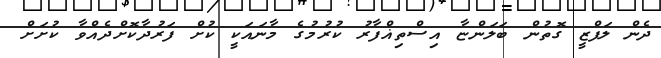
ދެން ލަފްޒީ ގޮތުން ބަލަންޏާ އިސްތިޣްފާރު ކުރުމުގެ މާނައަކީ ކުށް ފަރުދާކޮށްދެއްވާ ކުށަށް